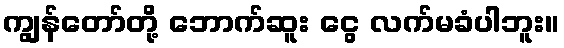
ကျွန်တော်တို့ ဘောက်ဆူး ငွေ လက်မခံပါဘူး။